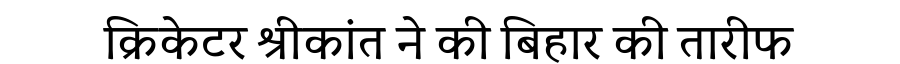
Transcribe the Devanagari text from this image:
क्रिकेटर श्रीकांत ने की बिहार की तारीफ